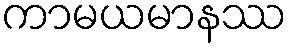
ကာမယမာနဿ